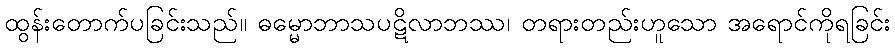
ထွန်းတောက်ပခြင်းသည်။ ဓမ္မောဘာသပဋိလာဘဿ၊ တရားတည်းဟူသော အရောင်ကိုရခြင်း